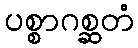
ပစ္စာဂစ္ဆတံ